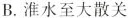
B. 淮水至大散关